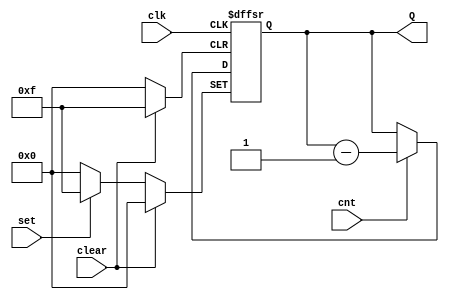
`timescale 1ns / 1ps
//////////////////////////////////////////////////////////////////////////////////
// Company: 
// Engineer: 
// 
// Design Name: 
// Module Name: hw4
// Project Name: 
// Target Devices: 
// Tool Versions: 
// Description: 
// 
// Dependencies: 
// 
// Revision:
// Revision 0.01 - File Created
// Additional Comments:
// 
//////////////////////////////////////////////////////////////////////////////////


module hw4(
    clk,clear,cnt,set,Q,
    );
    input clk,clear,cnt,set;

    output [3:0] Q;
 
    reg [3:0] Q;
    always @(posedge clear or posedge clk or posedge set)
        if (clear==1'b1) Q<=0;
        else if (set==1'b1) Q<=15;
        else if (cnt==1'b1) Q=Q-1;
        else Q=Q;
     
endmodule